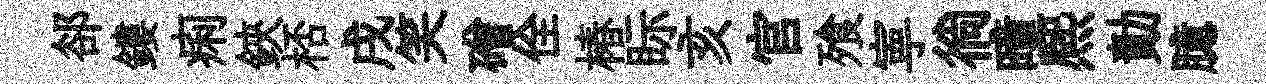
郤鏤痢鋏桮戌笑磳佺椿眎亥官飱寕徜曈熈勣臆